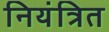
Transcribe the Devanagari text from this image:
नियंत्रित